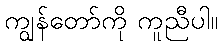
ကျွန်တော်ကို ကူညီပါ။